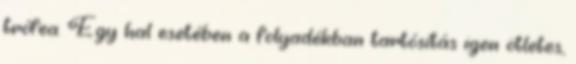
trófea. Egy hal esetében a folyadékban tartósítás igen ötletes,